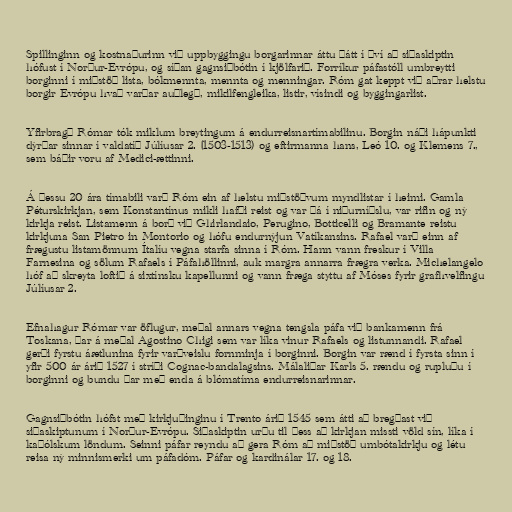
Spillinginn og kostnaðurinn við uppbyggingu borgarinnar áttu þátt í því að siðaskiptin
hófust í Norður-Evrópu, og síðan gagnsiðbótin í kjölfarið. Forríkur páfastóll umbreytti
borginni í miðstöð lista, bókmennta, mennta og menningar. Róm gat keppt við aðrar helstu
borgir Evrópu hvað varðar auðlegð, mikilfengleika, listir, vísindi og byggingarlist.

Yfirbragð Rómar tók miklum breytingum á endurreisnartímabilinu. Borgin náði hápunkti
dýrðar sinnar í valdatíð Júlíusar 2. (1503-1513) og eftirmanna hans, Leó 10. og Klemens 7.,
sem báðir voru af Medici-ættinni.

Á þessu 20 ára tímabili varð Róm ein af helstu miðstöðvum myndlistar í heimi. Gamla
Péturskirkjan, sem Konstantínus mikli hafði reist og var þá í niðurníðslu, var rifin og ný
kirkja reist. Listamenn á borð við Ghirlandaio, Perugino, Botticelli og Bramante reistu
kirkjuna San Pietro in Montorio og hófu endurnýjun Vatíkansins. Rafael varð einn af
frægustu listamönnum Ítalíu vegna starfa sinna í Róm. Hann vann freskur í Villa
Farnesina og sölum Rafaels í Páfahöllinni, auk margra annarra frægra verka. Michelangelo
hóf að skreyta loftið á sixtínsku kapellunni og vann fræga styttu af Móses fyrir grafhvelfingu
Júlíusar 2.

Efnahagur Rómar var öflugur, meðal annars vegna tengsla páfa við bankamenn frá
Toskana, þar á meðal Agostino Chigi sem var líka vinur Rafaels og listunnandi. Rafael
gerði fyrstu áætlunina fyrir varðveislu fornminja í borginni. Borgin var rænd í fyrsta sinn í
yfir 500 ár árið 1527 í stríði Cognac-bandalagsins. Málaliðar Karls 5. rændu og rupluðu í
borginni og bundu þar með enda á blómatíma endurreisnarinnar.

Gagnsiðbótin hófst með kirkjuþinginu í Trento árið 1545 sem átti að bregðast við
siðaskiptunum í Norður-Evrópu. Siðaskiptin urðu til þess að kirkjan missti völd sín, líka í
kaþólskum löndum. Seinni páfar reyndu að gera Róm að miðstöð umbótakirkju og létu
reisa ný minnismerki um páfadóm. Páfar og kardinálar 17. og 18.